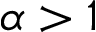
\alpha > 1